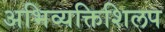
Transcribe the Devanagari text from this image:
अभिव्यक्तिशिलप